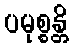
ပမုစ္စန္တိ